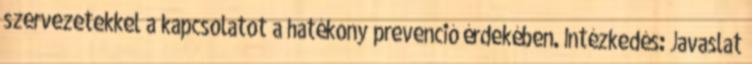
szervezetekkel a kapcsolatot a hatékony prevenció érdekében. Intézkedés: Javaslat